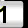
Digit: 1